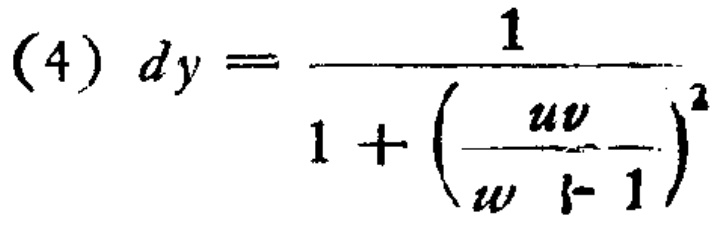
\[(4)\ dy=\frac{1}{1 + \left(\frac{uv}{w - 1}\right)^2}\]